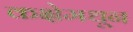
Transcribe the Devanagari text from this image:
कक्षेमधून